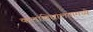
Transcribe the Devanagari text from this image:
कलाविद्यालयामध्ये